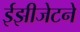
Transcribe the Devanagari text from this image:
ईझीजेटने